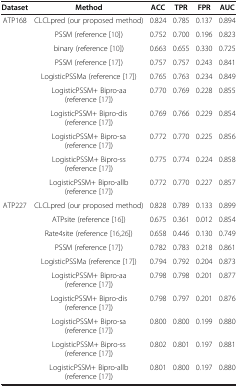
| Dataset | Method | ACC | TPR | FPR | AUC |
 | --- | --- | --- | --- | --- | --- |
 | ATP168 | CLCLpred (our proposed method) | 0.824 | 0.785 | 0.137 | 0.894 |
 |  | PSSM (reference [10]) | 0.752 | 0.700 | 0.196 | 0.823 |
 |  | binary (reference [10]) | 0.663 | 0.655 | 0.330 | 0.725 |
 |  | PSSM (reference [17]) | 0.757 | 0.757 | 0.243 | 0.841 |
 |  | LogisticPSSMa (reference [17]) | 0.765 | 0.763 | 0.234 | 0.849 |
 |  | LogisticPSSM+ Bipro-aa (reference [17]) | 0.770 | 0.769 | 0.228 | 0.855 |
 |  | LogisticPSSM+ Bipro-dis (reference [17]) | 0.769 | 0.766 | 0.229 | 0.854 |
 |  | LogisticPSSM+ Bipro-sa (reference [17]) | 0.772 | 0.770 | 0.225 | 0.856 |
 |  | LogisticPSSM+ Bipro-ss (reference [17]) | 0.775 | 0.774 | 0.224 | 0.858 |
 |  | LogisticPSSM+ Bipro-allb (reference [17]) | 0.772 | 0.770 | 0.227 | 0.857 |
 | ATP227 | CLCLpred (our proposed method) | 0.828 | 0.789 | 0.133 | 0.899 |
 |  | ATPsite (reference [16]) | 0.675 | 0.361 | 0.012 | 0.854 |
 |  | Rate4site (reference [16,26]) | 0.658 | 0.446 | 0.130 | 0.749 |
 |  | PSSM (reference [17]) | 0.782 | 0.783 | 0.218 | 0.861 |
 |  | LogisticPSSMa (reference [17]) | 0.794 | 0.792 | 0.204 | 0.873 |
 |  | LogisticPSSM+ Bipro-aa (reference [17]) | 0.798 | 0.798 | 0.201 | 0.877 |
 |  | LogisticPSSM+ Bipro-dis (reference [17]) | 0.798 | 0.797 | 0.201 | 0.876 |
 |  | LogisticPSSM+ Bipro-sa (reference [17]) | 0.800 | 0.800 | 0.199 | 0.880 |
 |  | LogisticPSSM+ Bipro-ss (reference [17]) | 0.802 | 0.801 | 0.197 | 0.881 |
 |  | LogisticPSSM+ Bipro-allb (reference [17]) | 0.801 | 0.800 | 0.197 | 0.880 |